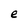
Character: e